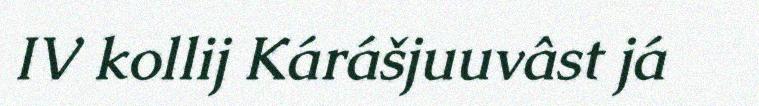
IV kollij Kárášjuuvâst já